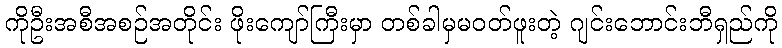
ကိုဦးအစီအစဉ်အတိုင်း ဖိုးကျော်ကြီးမှာ တစ်ခါမှမဝတ်ဖူးတဲ့ ဂျင်းဘောင်းဘီရှည်ကို